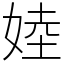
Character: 㛬